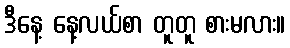
ဒီနေ့ နေ့လယ်စာ တူတူ စားမလား။